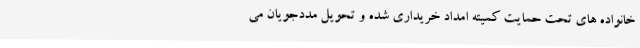
خانواده های تحت حمایت کمیته امداد خریداری شده و تحویل مددجویان می